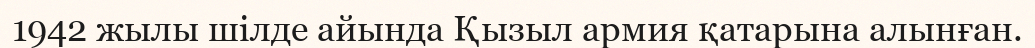
1942 жылы шілде айында Қызыл армия қатарына алынған.